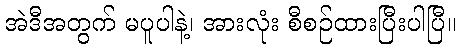
အဲဒီအတွက် မပူပါနဲ့၊ အားလုံး စီစဉ်ထားပြီးပါပြီ။